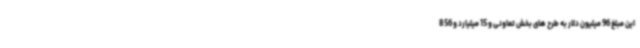
این مبلغ 96 میلیون دلار به طرح های بخش تعاونی و 15 میلیارد و 856